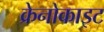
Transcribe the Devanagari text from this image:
क्रेनोकाइट